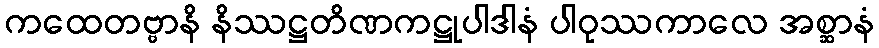
ကထေတဗ္ဗာနိ နိဿဋ္ဌတိဏကဋ္ဌုပါဒါနံ ပါဝုဿကာလေ အစ္ဆာနံ